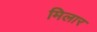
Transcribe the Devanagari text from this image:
मिलार